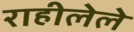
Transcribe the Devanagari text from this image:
राहीलेले